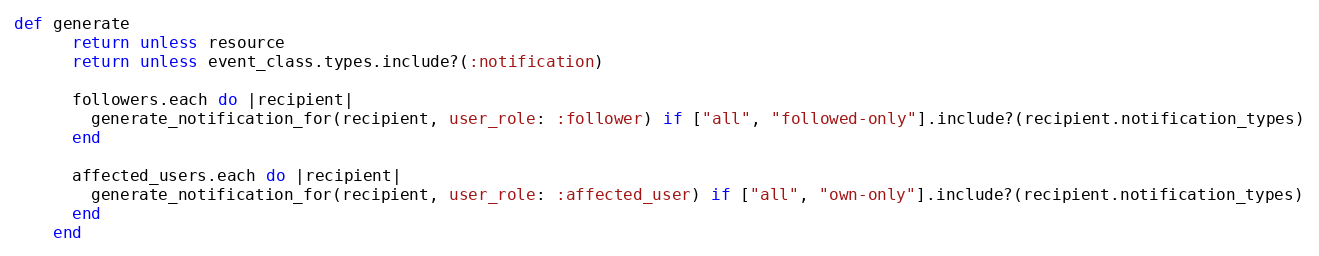
Language: Ruby
def generate
      return unless resource
      return unless event_class.types.include?(:notification)

      followers.each do |recipient|
        generate_notification_for(recipient, user_role: :follower) if ["all", "followed-only"].include?(recipient.notification_types)
      end

      affected_users.each do |recipient|
        generate_notification_for(recipient, user_role: :affected_user) if ["all", "own-only"].include?(recipient.notification_types)
      end
    end